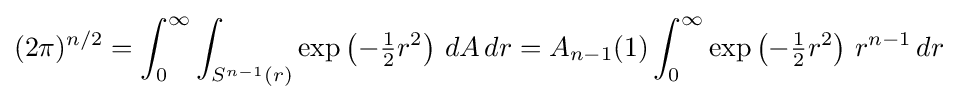
(2\pi )^{n/2}=\int _{0}^{\infty }\int _{S^{n-1}(r)}\exp \left(-{\tfrac {1}{2}}r^{2}\right)\,dA\,dr=A_{n-1}(1)\int _{0}^{\infty }\exp \left(-{\tfrac {1}{2}}r^{2}\right)\,r^{n-1}\,dr